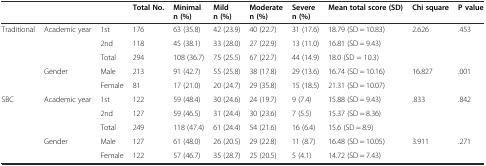
<table><thead><tr><td></td><td></td><td></td><td><b>Total No.</b></td><td><b>Minimal n (%)</b></td><td><b>Mild n (%)</b></td><td><b>Moderate n (%)</b></td><td><b>Severe n (%)</b></td><td><b>Mean total score (SD)</b></td><td><b>Chi square</b></td><td><b>P value</b></td></tr></thead><tbody><tr><td rowspan="5">Traditional</td><td rowspan="3">Academic year</td><td>1st</td><td>176</td><td>63 (35.8)</td><td>42 (23.9)</td><td>40 (22.7)</td><td>31 (17.6)</td><td>18.79 (SD = 10.83)</td><td rowspan="3">2.626</td><td rowspan="3">.453</td></tr><tr><td>2nd</td><td>118</td><td>45 (38.1)</td><td>33 (28.0)</td><td>27 (22.9)</td><td>13 (11.0)</td><td>16.81 (SD = 9.43)</td></tr><tr><td>Total</td><td>294</td><td>108 (36.7)</td><td>75 (25.5)</td><td>67 (22.7)</td><td>44 (14.9)</td><td>18.0 (SD = 10.3)</td></tr><tr><td rowspan="2">Gender</td><td>Male</td><td>213</td><td>91 (42.7)</td><td>55 (25.8)</td><td>38 (17.8)</td><td>29 (13.6)</td><td>16.74 (SD = 10.16)</td><td rowspan="2">16.827</td><td rowspan="2">.001</td></tr><tr><td>Female</td><td>81</td><td>17 (21.0)</td><td>20 (24.7)</td><td>29 (35.8)</td><td>15 (18.5)</td><td>21.31 (SD = 10.07)</td></tr><tr><td rowspan="5">SBC</td><td rowspan="3">Academic year</td><td>1st</td><td>122</td><td>59 (48.4)</td><td>30 (24.6)</td><td>24 (19.7)</td><td>9 (7.4)</td><td>15.88 (SD = 9.43)</td><td rowspan="3">.833</td><td rowspan="3">.842</td></tr><tr><td>2nd</td><td>127</td><td>59 (46.5)</td><td>31 (24.4)</td><td>30 (23.6)</td><td>7 (5.5)</td><td>15.37 (SD = 8.36)</td></tr><tr><td>Total</td><td>249</td><td>118 (47.4)</td><td>61 (24.4)</td><td>54 (21.6)</td><td>16 (6.4)</td><td>15.6 (SD = 8.9)</td></tr><tr><td rowspan="2">Gender</td><td>Male</td><td>127</td><td>61 (48.0)</td><td>26 (20.5)</td><td>29 (22.8)</td><td>11 (8.7)</td><td>16.48 (SD = 10.05)</td><td rowspan="2">3.911</td><td rowspan="2">.271</td></tr><tr><td>Female</td><td>122</td><td>57 (46.7)</td><td>35 (28.7)</td><td>25 (20.5)</td><td>5 (4.1)</td><td>14.72 (SD = 7.43)</td></tr></tbody></table>